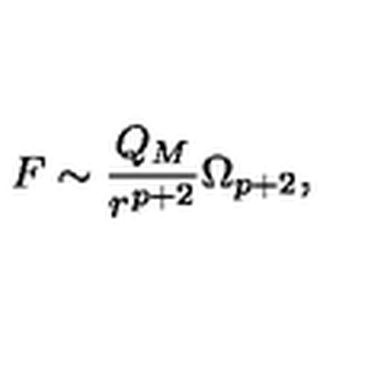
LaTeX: F \sim { \frac { Q _ { M } } { r ^ { p + 2 } } } \Omega _ { p + 2 } ,